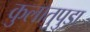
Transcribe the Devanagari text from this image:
कुलातुपुड़ा